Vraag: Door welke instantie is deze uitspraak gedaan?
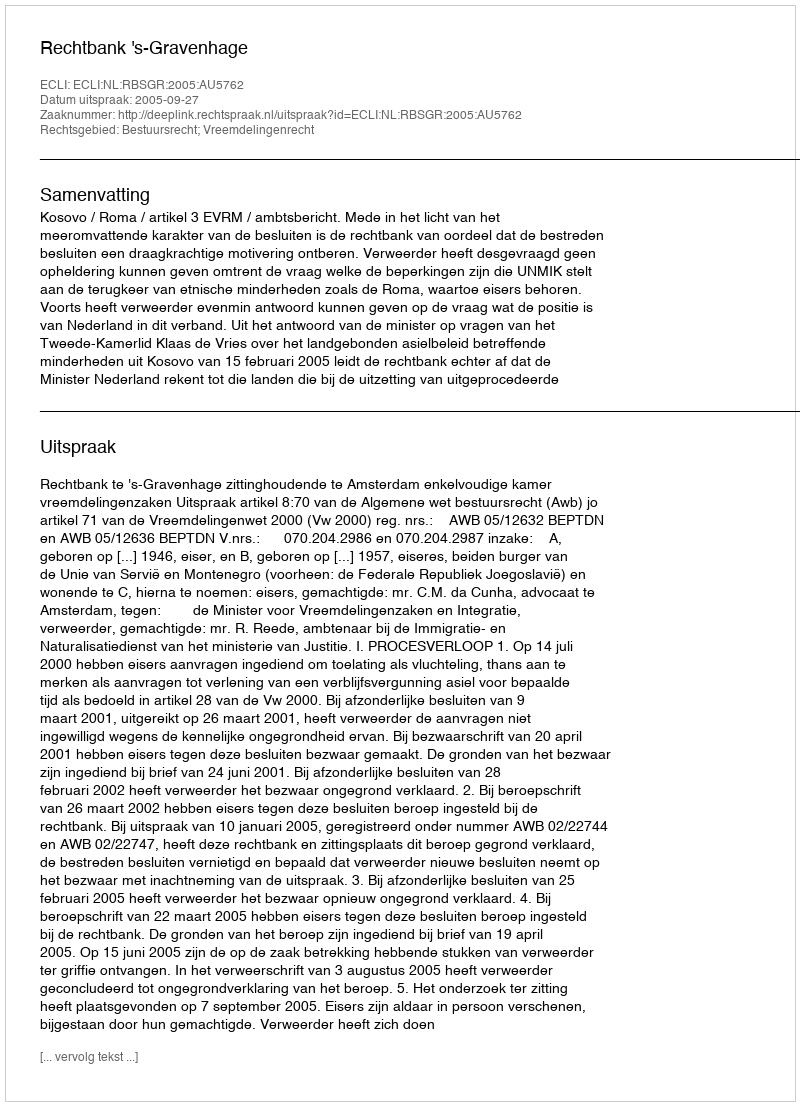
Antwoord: Rechtbank 's-Gravenhage